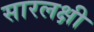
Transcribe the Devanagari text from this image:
सारलक्षी